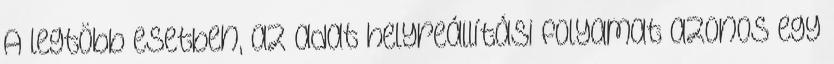
A legtöbb esetben, az adat helyreállítási folyamat azonos egy